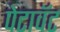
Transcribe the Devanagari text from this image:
पेटावॅट